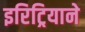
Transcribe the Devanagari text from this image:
इरिट्रियाने